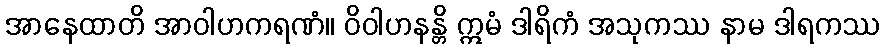
အာနေထာတိ အာဝါဟကရဏံ။ ဝိဝါဟနန္တိ ဣမံ ဒါရိကံ အသုကဿ နာမ ဒါရကဿ